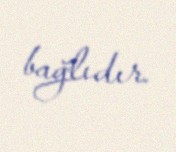
bağlıdır.